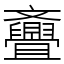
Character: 斖